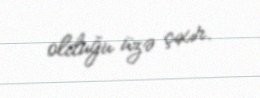
olduğu üzə çıxır.